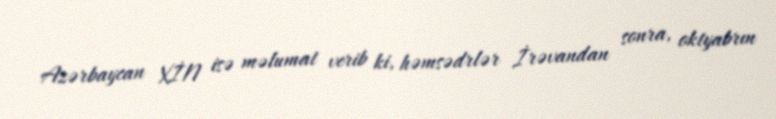
Azərbaycan XİN isə məlumat verib ki, həmsədrlər İrəvandan sonra, oktyabrın